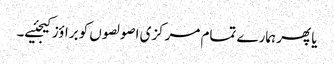
یا پھر ہمارے تمام مرکزی اصولصوں کو براؤز کیجئیے۔